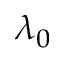
\lambda _ { 0 }